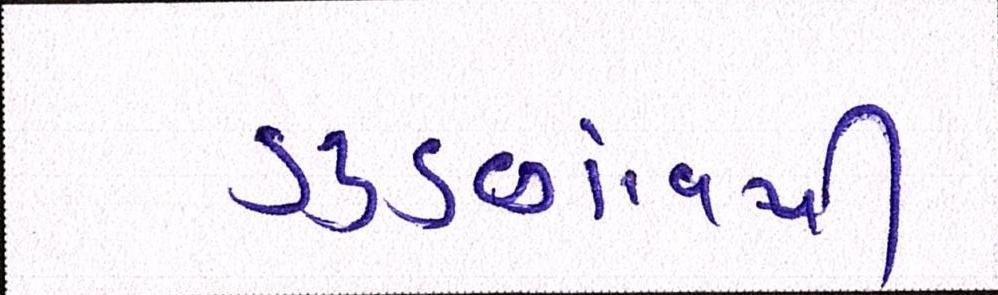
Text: ગુડગાંવથી